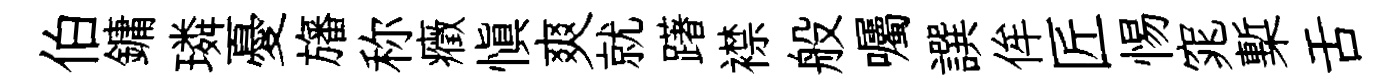
伯鏞璘憂旛称癥愼爽就躇襟般囑譔侔匠惕窕槧舌